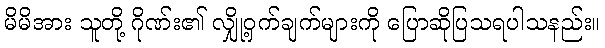
မိမိအား သူတို့ ဂိုဏ်း၏ လျှို့ဝှက်ချက်များကို ပြောဆိုပြသရပါသနည်း။